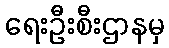
ရေးဦးစီးဌာနမှ